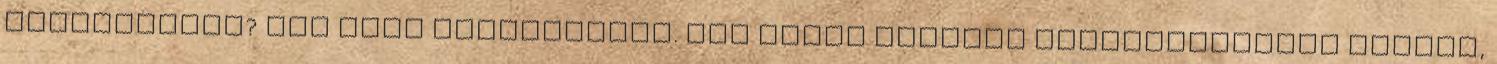
számítottam? Nem erre számítottam. Bár egyes lépések kiszámíthatóak voltak,